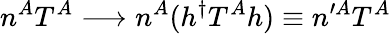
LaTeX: n^{A}T^{A}\longrightarrow n^{A}(h^{\dagger}T^{A}h)\equiv n^{\prime A}T^{A}